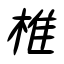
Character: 椎